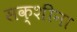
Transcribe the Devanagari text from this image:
सक्शीना